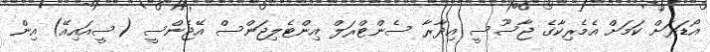
އޯޑަރަށް ކަމަށް އެމެރިކާގެ ޖާސޫސީ އިދާރާ ސެންޓްރަލް އިންޓެލިޖަންސް އޭޖެންސީ (ސީއައިއޭ) އިން